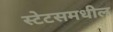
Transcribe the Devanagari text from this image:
स्टेटसमधील